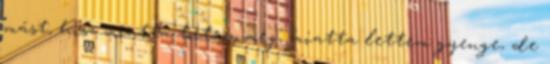
mást, hisz miatta törtem meg, miatta lettem gyenge, de